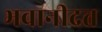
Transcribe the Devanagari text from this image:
भवानीदत्त